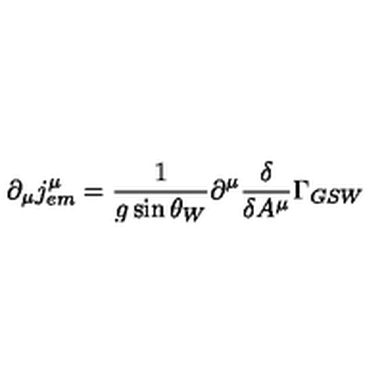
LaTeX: \partial _ { \mu } j _ { e m } ^ { \mu } = \frac 1 { g \sin \theta _ { W } } \partial ^ { \mu } \frac \delta { \delta A ^ { \mu } } \Gamma _ { G S W }